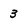
Character: 3